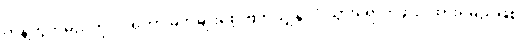
ကန့်ကွက်မည်ကို ဝင်ရတာ မိဘမျိုးစေ့ ဗြိတိသျှနိုင်ငံ သွားရောက်ဖွယ် ထားရှိမည်ဖြစ်